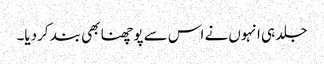
جلد ہی انہوں نے اس سے پوچھنا بھی بند کردیا۔